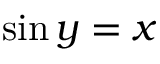
\sin y = x \,